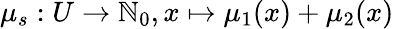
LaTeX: \mu_{s}:U\rightarrow\mathbb{N}_{0},x\mapsto\mu_{1}(x)+\mu_{2}(x)